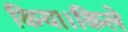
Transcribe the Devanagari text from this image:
किया।किले